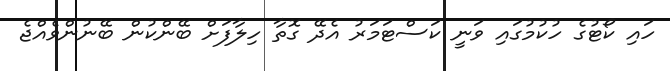
ހައި ކޯޓުގެ ހުކުމުގައި ވަނީ ކަސްޓަމަރު އެދޭ ގޮތާ ހިލާފަށް ބޭންކުން ބޭނުންވެއްޖެ